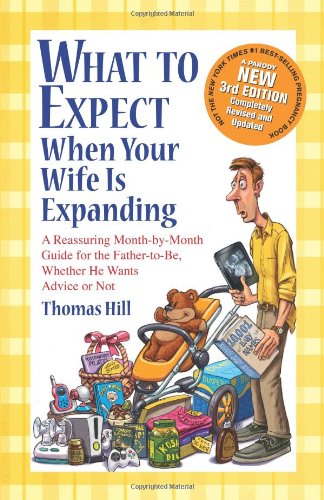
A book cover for What to Expect When Your Wife Is Expanding: A Reassuring Month-by-Month Guide for the Father-to-Be, Whether He Wants Advice or Not(3rd Edition); Thomas Hill; Humor & Entertainment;